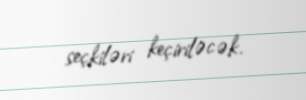
seçkiləri keçiriləcək.